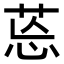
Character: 𦯌